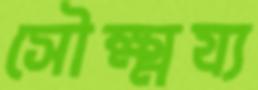
সৌক্ষ্ময্য